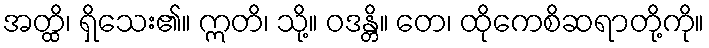
အတ္ထိ၊ ရှိသေး၏။ ဣတိ၊ သို့။ ဝဒန္တိ။ တေ၊ ထိုကေစိဆရာတို့ကို။